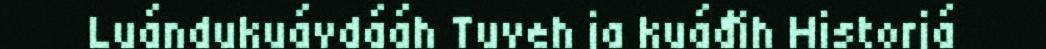
Luándukuávdááh Tuveh ja kuáđih Historjá